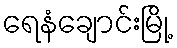
ရေနံချောင်းမြို့